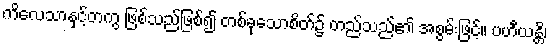
ကိလေသာနှင့်တကွ ဖြစ်သည်ဖြစ်၍ တစ်ခုသောစိတ်၌ တည်သည်၏ အစွမ်းဖြင့်။ ပဟီယန္တိ၊